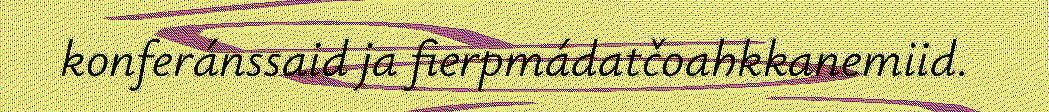
konferánssaid ja fierpmádatčoahkkanemiid.